Leaving Certificate Examination (including Day School Certificate (Higher) General paper), 1927
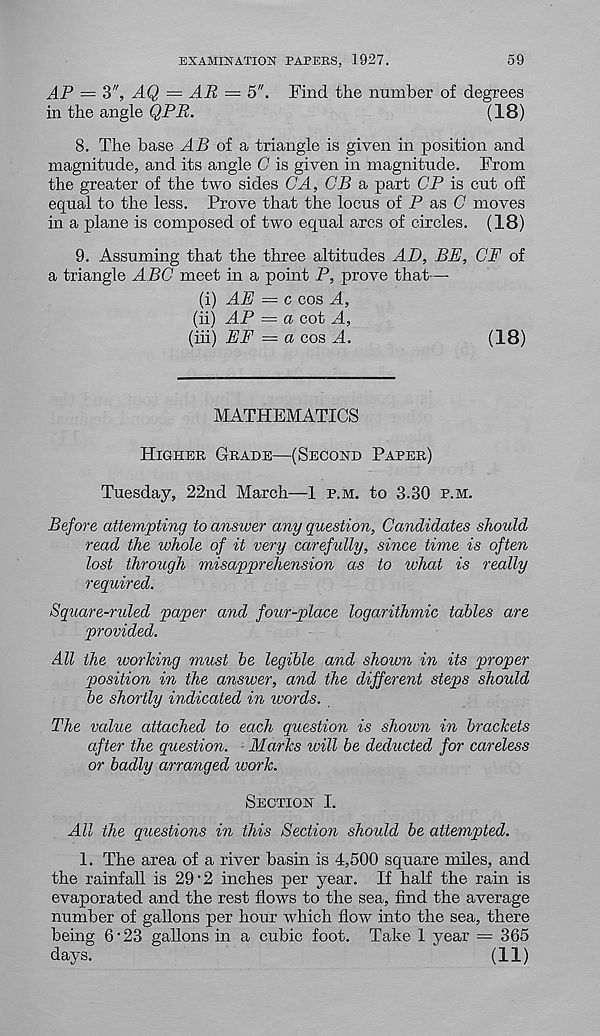
EXAMINATION PAPERS, 1927.
59
AP — 3", AQ = AR — 5". Find the number of degrees
in the angle QPR.
(18)
8. The base AB of a triangle is given in position and
magnitude, and its angle C is given in magnitude. From
the greater of the two sides CA, CB a part CP is cut off
equal to the less. Prove that the locus of P as C moves
in a plane is composed of two equal arcs of circles. (18)
9. Assuming that the three altitudes AD, BE, CP of
a triangle ABC meet in a point P, prove that—
(i) AE — c cos A,
(ii) AP = a cot A,
(iii) EE = a cos A.
(18)
MATHEMATICS
Higher Grade—(Second Paper)
Tuesday, 22nd March—1 p.m. to 3.30 p.m.
Before attempting to answer any question, Candidates should
read the whole of it very carefully, since time is often
lost through misapprehension as to what is really
required.
Square-nded paper and four-place logarithmic tables are
provided.
All the working must be legible and shown in its proper
position in the answer, and the different steps should
be shortly indicated in words.
The value attached to each question is shown in brackets
after the question. Marks will be deducted for careless
or badly arranged work.
Section I.
All the questions in this Section should be attempted.
1. The area of a river basin is 4,500 square miles, and
the rainfall is 29 ’2 inches per year. If half the rain is
evaporated and the rest flows to the sea, find the average
number of gallons per hour which flow into the sea, there
being 6 • 23 gallons in a cubic foot. Take 1 year = 365
days.
(11)